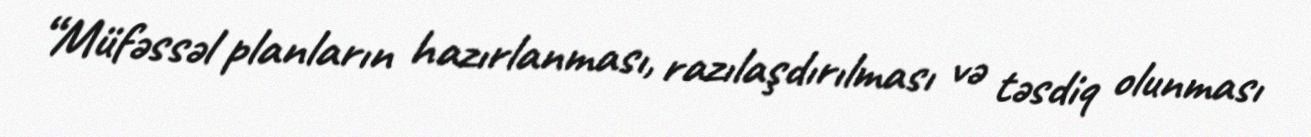
“Müfəssəl planların hazırlanması, razılaşdırılması və təsdiq olunması